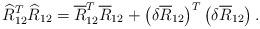
LaTeX: \begin{align*}\widehat{R}_{12}^T\widehat{R}_{12} = \overline{R}_{12}^T \overline{R}_{12} + \left(\delta \overline{R}_{12}\right)^T \left(\delta \overline{R}_{12}\right).\end{align*}